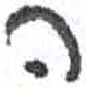
אות: ה